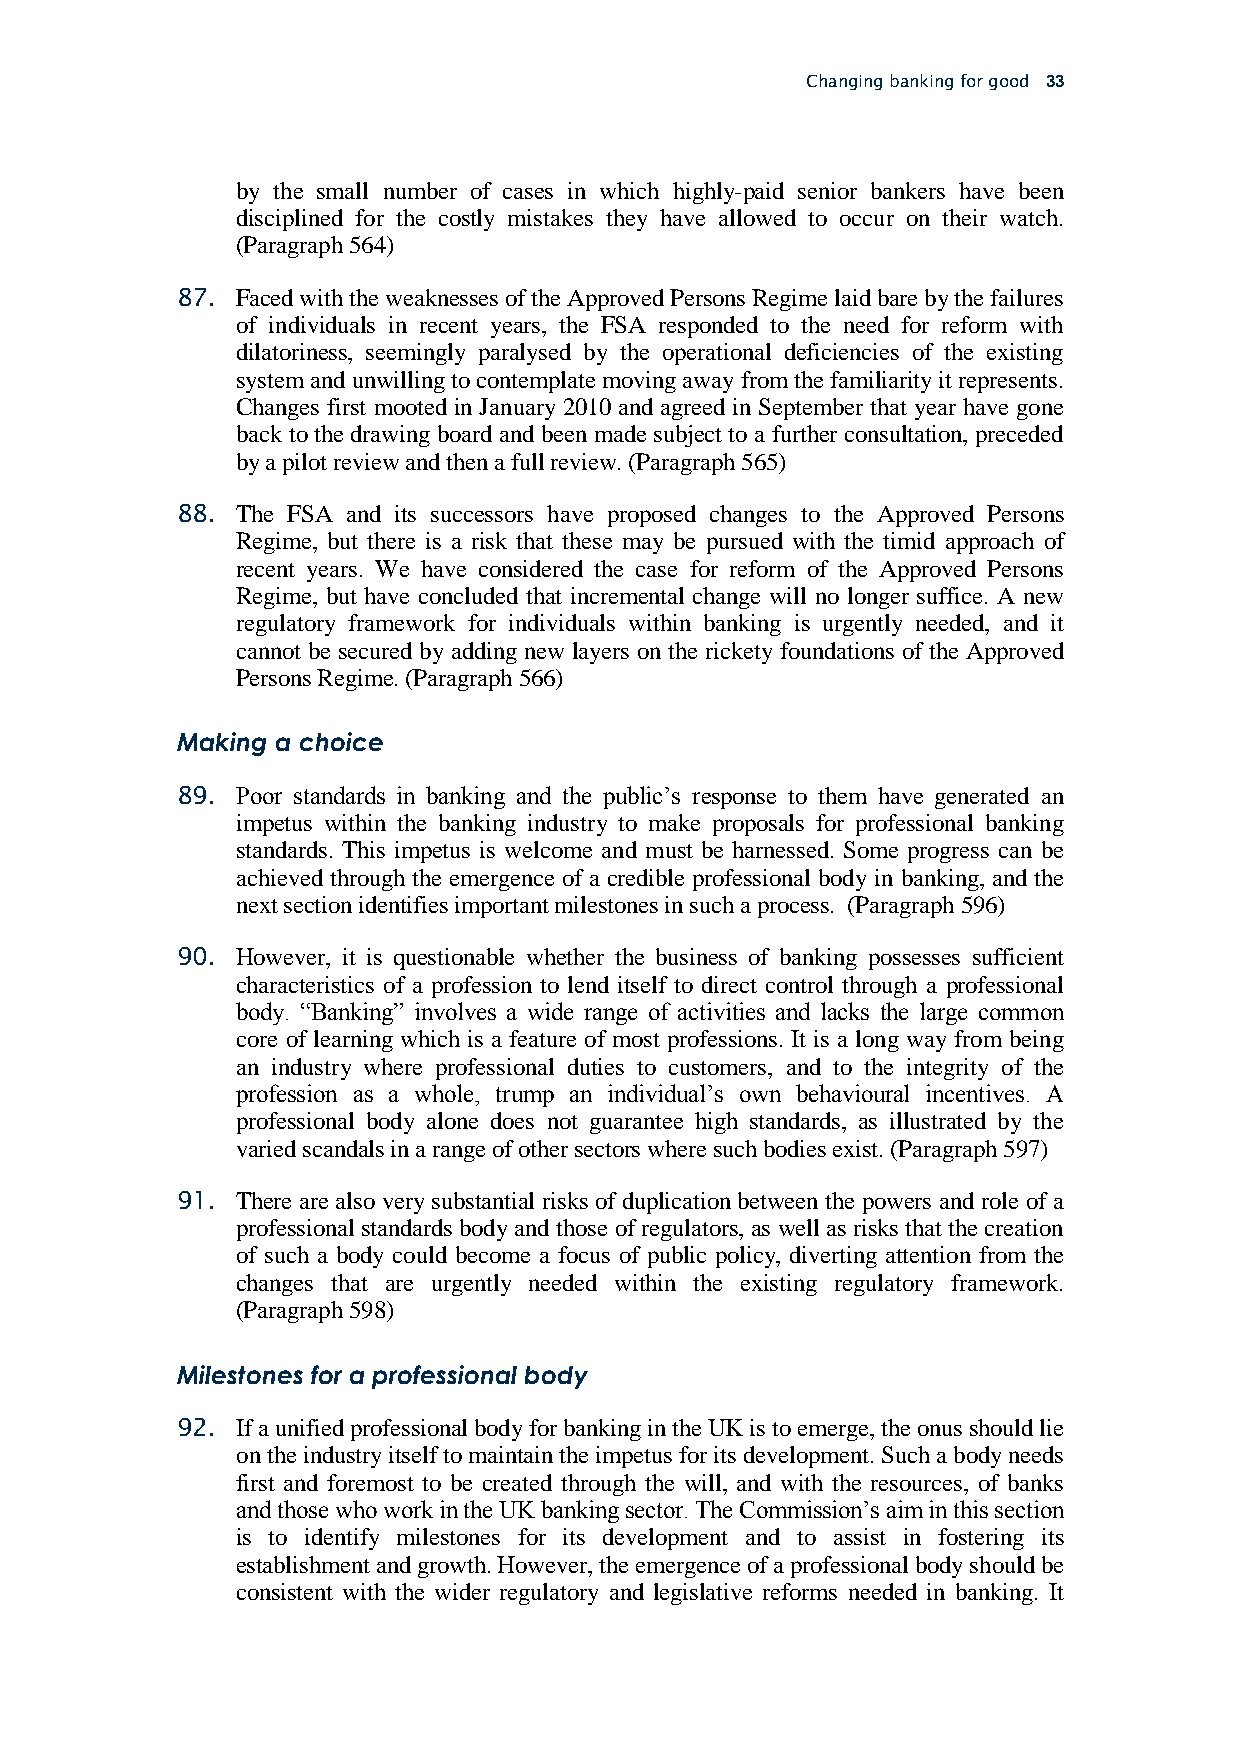
Changing banking for good 33
 by the small number of cases in which highly-paid senior bankers have been
 disciplined for the costly mistakes they have allowed to occur on their watch.
 (Paragraph 564)
 87. Faced with the weaknesses of the Approved Persons Regime laid bare by the failures
 of individuals in recent years, the FSA responded to the need for reform with
 dilatoriness, seemingly paralysed by the operational deficiencies of the existing
 system and unwilling to contemplate moving away from the familiarity it represents.
 Changes first mooted in January 2010 and agreed in September that year have gone
 back to the drawing board and been made subject to a further consultation, preceded
 by a pilot review and then a full review. (Paragraph 565)
 88. The FSA and its successors have proposed changes to the Approved Persons
 Regime, but there is a risk that these may be pursued with the timid approach of
 recent years. We have considered the case for reform of the Approved Persons
 Regime, but have concluded that incremental change will no longer suffice. A new
 regulatory framework for individuals within banking is urgently needed, and it
 cannot be secured by adding new layers on the rickety foundations of the Approved
 Persons Regime. (Paragraph 566)
 Making a choice
 89. Poor standards in banking and the public’s response to them have generated an
 impetus within the banking industry to make proposals for professional banking
 standards. This impetus is welcome and must be harnessed. Some progress can be
 achieved through the emergence of a credible professional body in banking, and the
 next section identifies important milestones in such a process. (Paragraph 596)
 90. However, it is questionable whether the business of banking possesses sufficient
 characteristics of a profession to lend itself to direct control through a professional
 body. “Banking” involves a wide range of activities and lacks the large common
 core of learning which is a feature of most professions. It is a long way from being
 an industry where professional duties to customers, and to the integrity of the
 profession as a whole, trump an individual’s own behavioural incentives. A
 professional body alone does not guarantee high standards, as illustrated by the
 varied scandals in a range of other sectors where such bodies exist. (Paragraph 597)
 91. There are also very substantial risks of duplication between the powers and role of a
 professional standards body and those of regulators, as well as risks that the creation
 of such a body could become a focus of public policy, diverting attention from the
 changes that are urgently needed within the existing regulatory framework.
 (Paragraph 598)
 Milestones for a professional body
 92. If a unified professional body for banking in the UK is to emerge, the onus should lie
 on the industry itself to maintain the impetus for its development. Such a body needs
 first and foremost to be created through the will, and with the resources, of banks
 and those who work in the UK banking sector. The Commission’s aim in this section
 is to identify milestones for its development and to assist in fostering its
 establishment and growth. However, the emergence of a professional body should be
 consistent with the wider regulatory and legislative reforms needed in banking. It